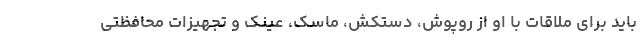
باید برای ملاقات با او از روپوش، دستکش، ماسک، عینک و تجهیزات محافظتی